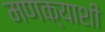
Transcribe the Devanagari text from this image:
मणक्याशी